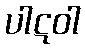
ပါဋဝါ